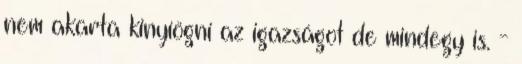
nem akarta kinyíögni az igazságot de mindegy is. -